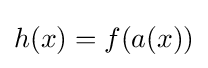
h(x)=f(a(x))